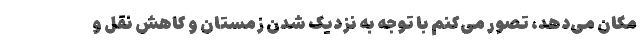
مکان می‌دهد، تصور می‌کنم با توجه به نزدیک شدن زمستان و کاهش نقل و